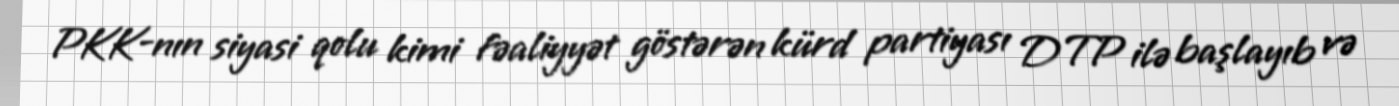
PKK-nın siyasi qolu kimi fəaliyyət göstərən kürd partiyası DTP ilə başlayıb və